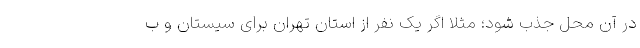
در آن محل جذب شود؛ مثلا اگر یک نفر از استان تهران برای سیستان و ب